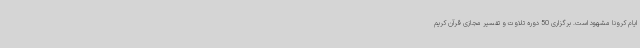
ایام کرونا مشهود است. برگزاری 50 دوره تلاوت و تفسیر مجازی قرآن کریم